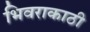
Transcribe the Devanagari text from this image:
भिवराकाठी